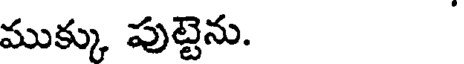
ముక్కు పుట్టెను.